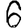
Digit: 6